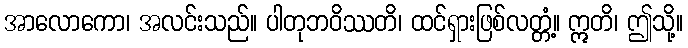
အာလောကော၊ အလင်းသည်။ ပါတုဘဝိဿတိ၊ ထင်ရှားဖြစ်လတ္တံ့။ ဣတိ၊ ဤသို့။